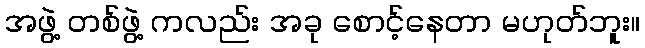
အဖွဲ့ တစ်ဖွဲ့ ကလည်း အခု စောင့်နေတာ မဟုတ်ဘူး။